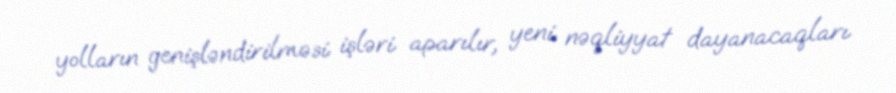
yolların genişləndirilməsi işləri aparılır, yeni nəqliyyat dayanacaqları